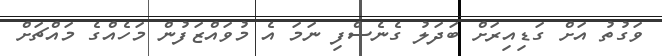
ވަގުތު އަށް ގަޑިއިރަށް ބަދަލު ގެނެސްފި ނަމަ އެ މުވައްޒަފުން މަހެއްގެ މައްޗަށް